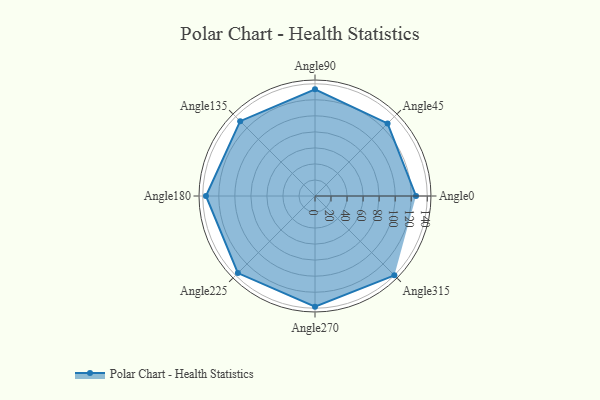
{"axis": {"x": "Angle", "y": "Radius"}, "legend": [""], "data": [{"x": "Angle0", "y": 126.0, "type": ""}, {"x": "Angle45", "y": 128.0, "type": ""}, {"x": "Angle90", "y": 133.0, "type": ""}, {"x": "Angle135", "y": 132.0, "type": ""}, {"x": "Angle180", "y": 136.0, "type": ""}, {"x": "Angle225", "y": 136.0, "type": ""}, {"x": "Angle270", "y": 138.0, "type": ""}, {"x": "Angle315", "y": 140.0, "type": ""}]}